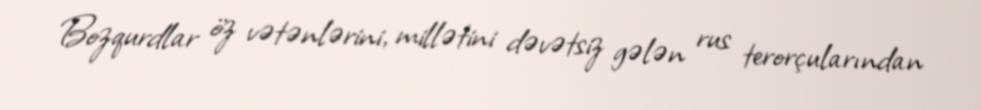
Bozqurdlar öz vətənlərini, millətini dəvətsiz gələn rus terorçularından